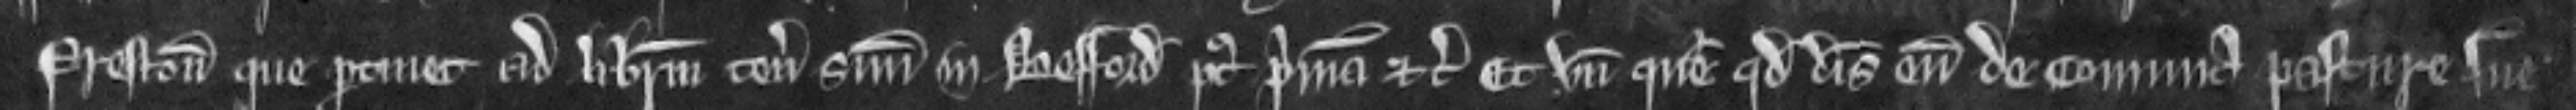
Preston que pertinet ad liberum tenementum suum in Besford post primam etc. Et unde queritur quod disseisivit eum de communa pasture sue